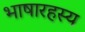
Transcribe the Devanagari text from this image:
भाषारहस्य